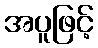
အပူဖြင့်